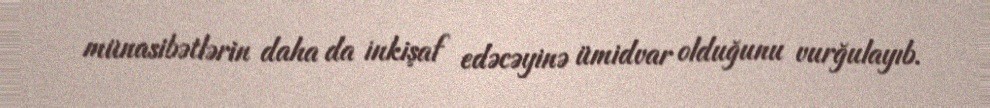
münasibətlərin daha da inkişaf edəcəyinə ümidvar olduğunu vurğulayıb.